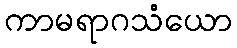
ကာမရာဂသံယော